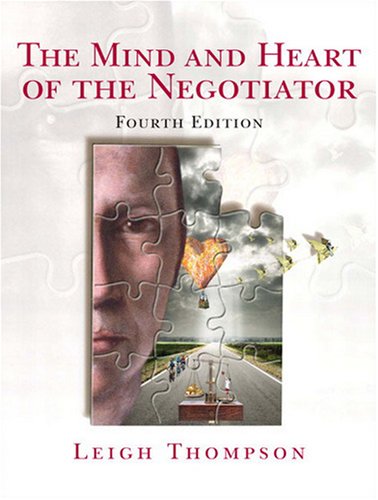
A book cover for The Mind and Heart of the Negotiator, 4th Edition; Leigh L. Thompson; Business & Money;